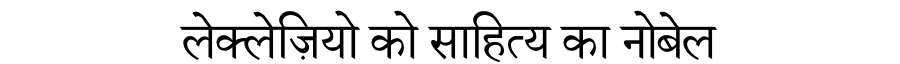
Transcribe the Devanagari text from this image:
लेक्लेज़ियो को साहित्य का नोबेल